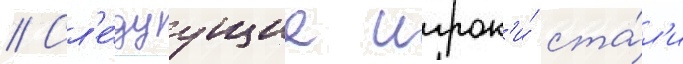
// Сл'е́дуущие игрок'и́ ста́л'и